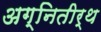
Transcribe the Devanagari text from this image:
अग्नितीर्थ